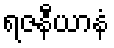
ရဇနီယာနံ